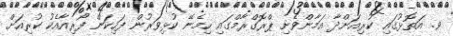
ވ. އަތޮޅުގައި ކުރިއަށްދާ އަމާންވެށި ޕްރޮގްރާމްގައި ހިމެނޭ ކުޅިވަރުން ފަހިކަން ފޯރިއާއެކު ކުރިއަށް